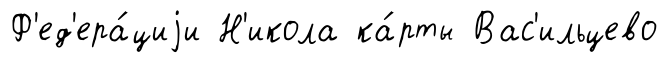
Ф'ед'ера́циjи Н'икола ка́рты Вас'ильцево